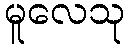
မူလေသု